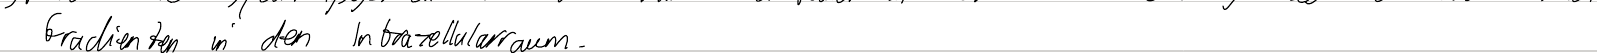
Gradienten in den Intrazellularraum.